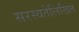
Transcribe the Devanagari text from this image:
सरस्वतेलिखित